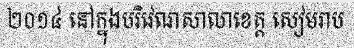
២០១៤ នៅក្នុងបរិវេណសាលាខេត្ត សៀមរាប